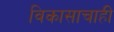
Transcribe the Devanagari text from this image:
विकासाचाही